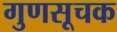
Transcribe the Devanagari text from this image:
गुणसूचक